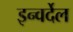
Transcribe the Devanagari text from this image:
इन्वर्देल